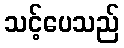
သင့်ပေသည်